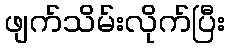
ဖျက်သိမ်းလိုက်ပြီး